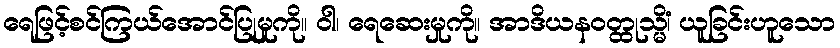
ရေဖြင့်စင်ကြယ်အောင်ပြုမှုကို။ ဝါ၊ ရေဆေးမှုကို။ အာဒိယနဝတ္ထုသ္မိံ၊ ယူခြင်းဟူသော